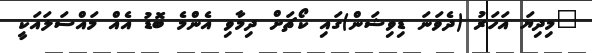
"މިދިޔަ އަހަރު (ދެވަނަ ޑިވިޝަން)ގައި ކޯޗަށް ދިމާވި އެންމެ ބޮޑު އެއް މައްސަލައަކީ